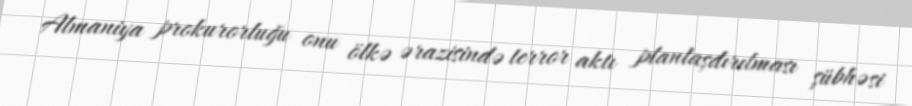
Almaniya prokurorluğu onu ölkə ərazisində terror aktı planlaşdırılması şübhəsi